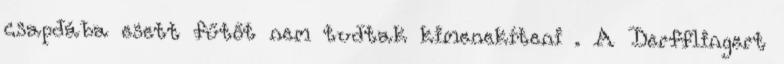
csapdába esett fűtőt nem tudtak kimenekíteni . A Derfflingert